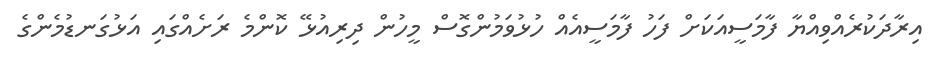
އިރާދަކުރެއްވިއްޔާ ފާމަސީއަކަށް ފަހު ފާމަސީއެއް ހުޅުވަމުންގޮސް މީހުން ދިރިއުޅޭ ކޮންމެ ރަށެއްގައި އަޅުގަނޑުމެންގެ